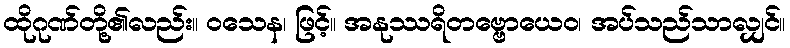
ထိုဂုဏ်တို့၏လည်း။ ဝသေန၊ ဖြင့်။ အနုဿရိတဗ္ဗောယေဝ၊ အပ်သည်သာလျှင်။